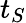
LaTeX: t_{S}